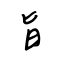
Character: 旨